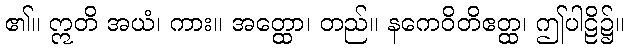
၏။ ဣတိ အယံ၊ ကား။ အတ္ထော၊ တည်။ နကေဝိတိဧတ္ထ၊ ဤပါဠိ၌။